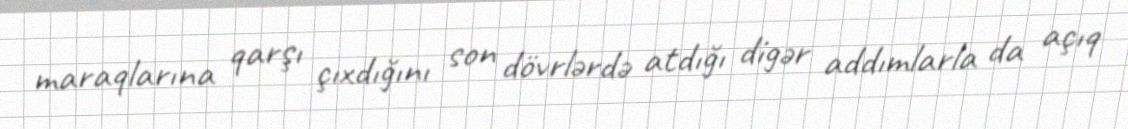
maraqlarına qarşı çıxdığını son dövrlərdə atdığı digər addımlarla da açıq